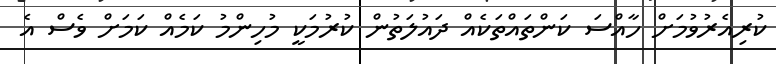
ކުރިއެރުވުމަށް ހާއްސަ ކަންތައްތަކެއް ދައުލަތުން ކުރުމަކީ މުހިންމު ކަމެއް ކަމަށް ވެސް އެ